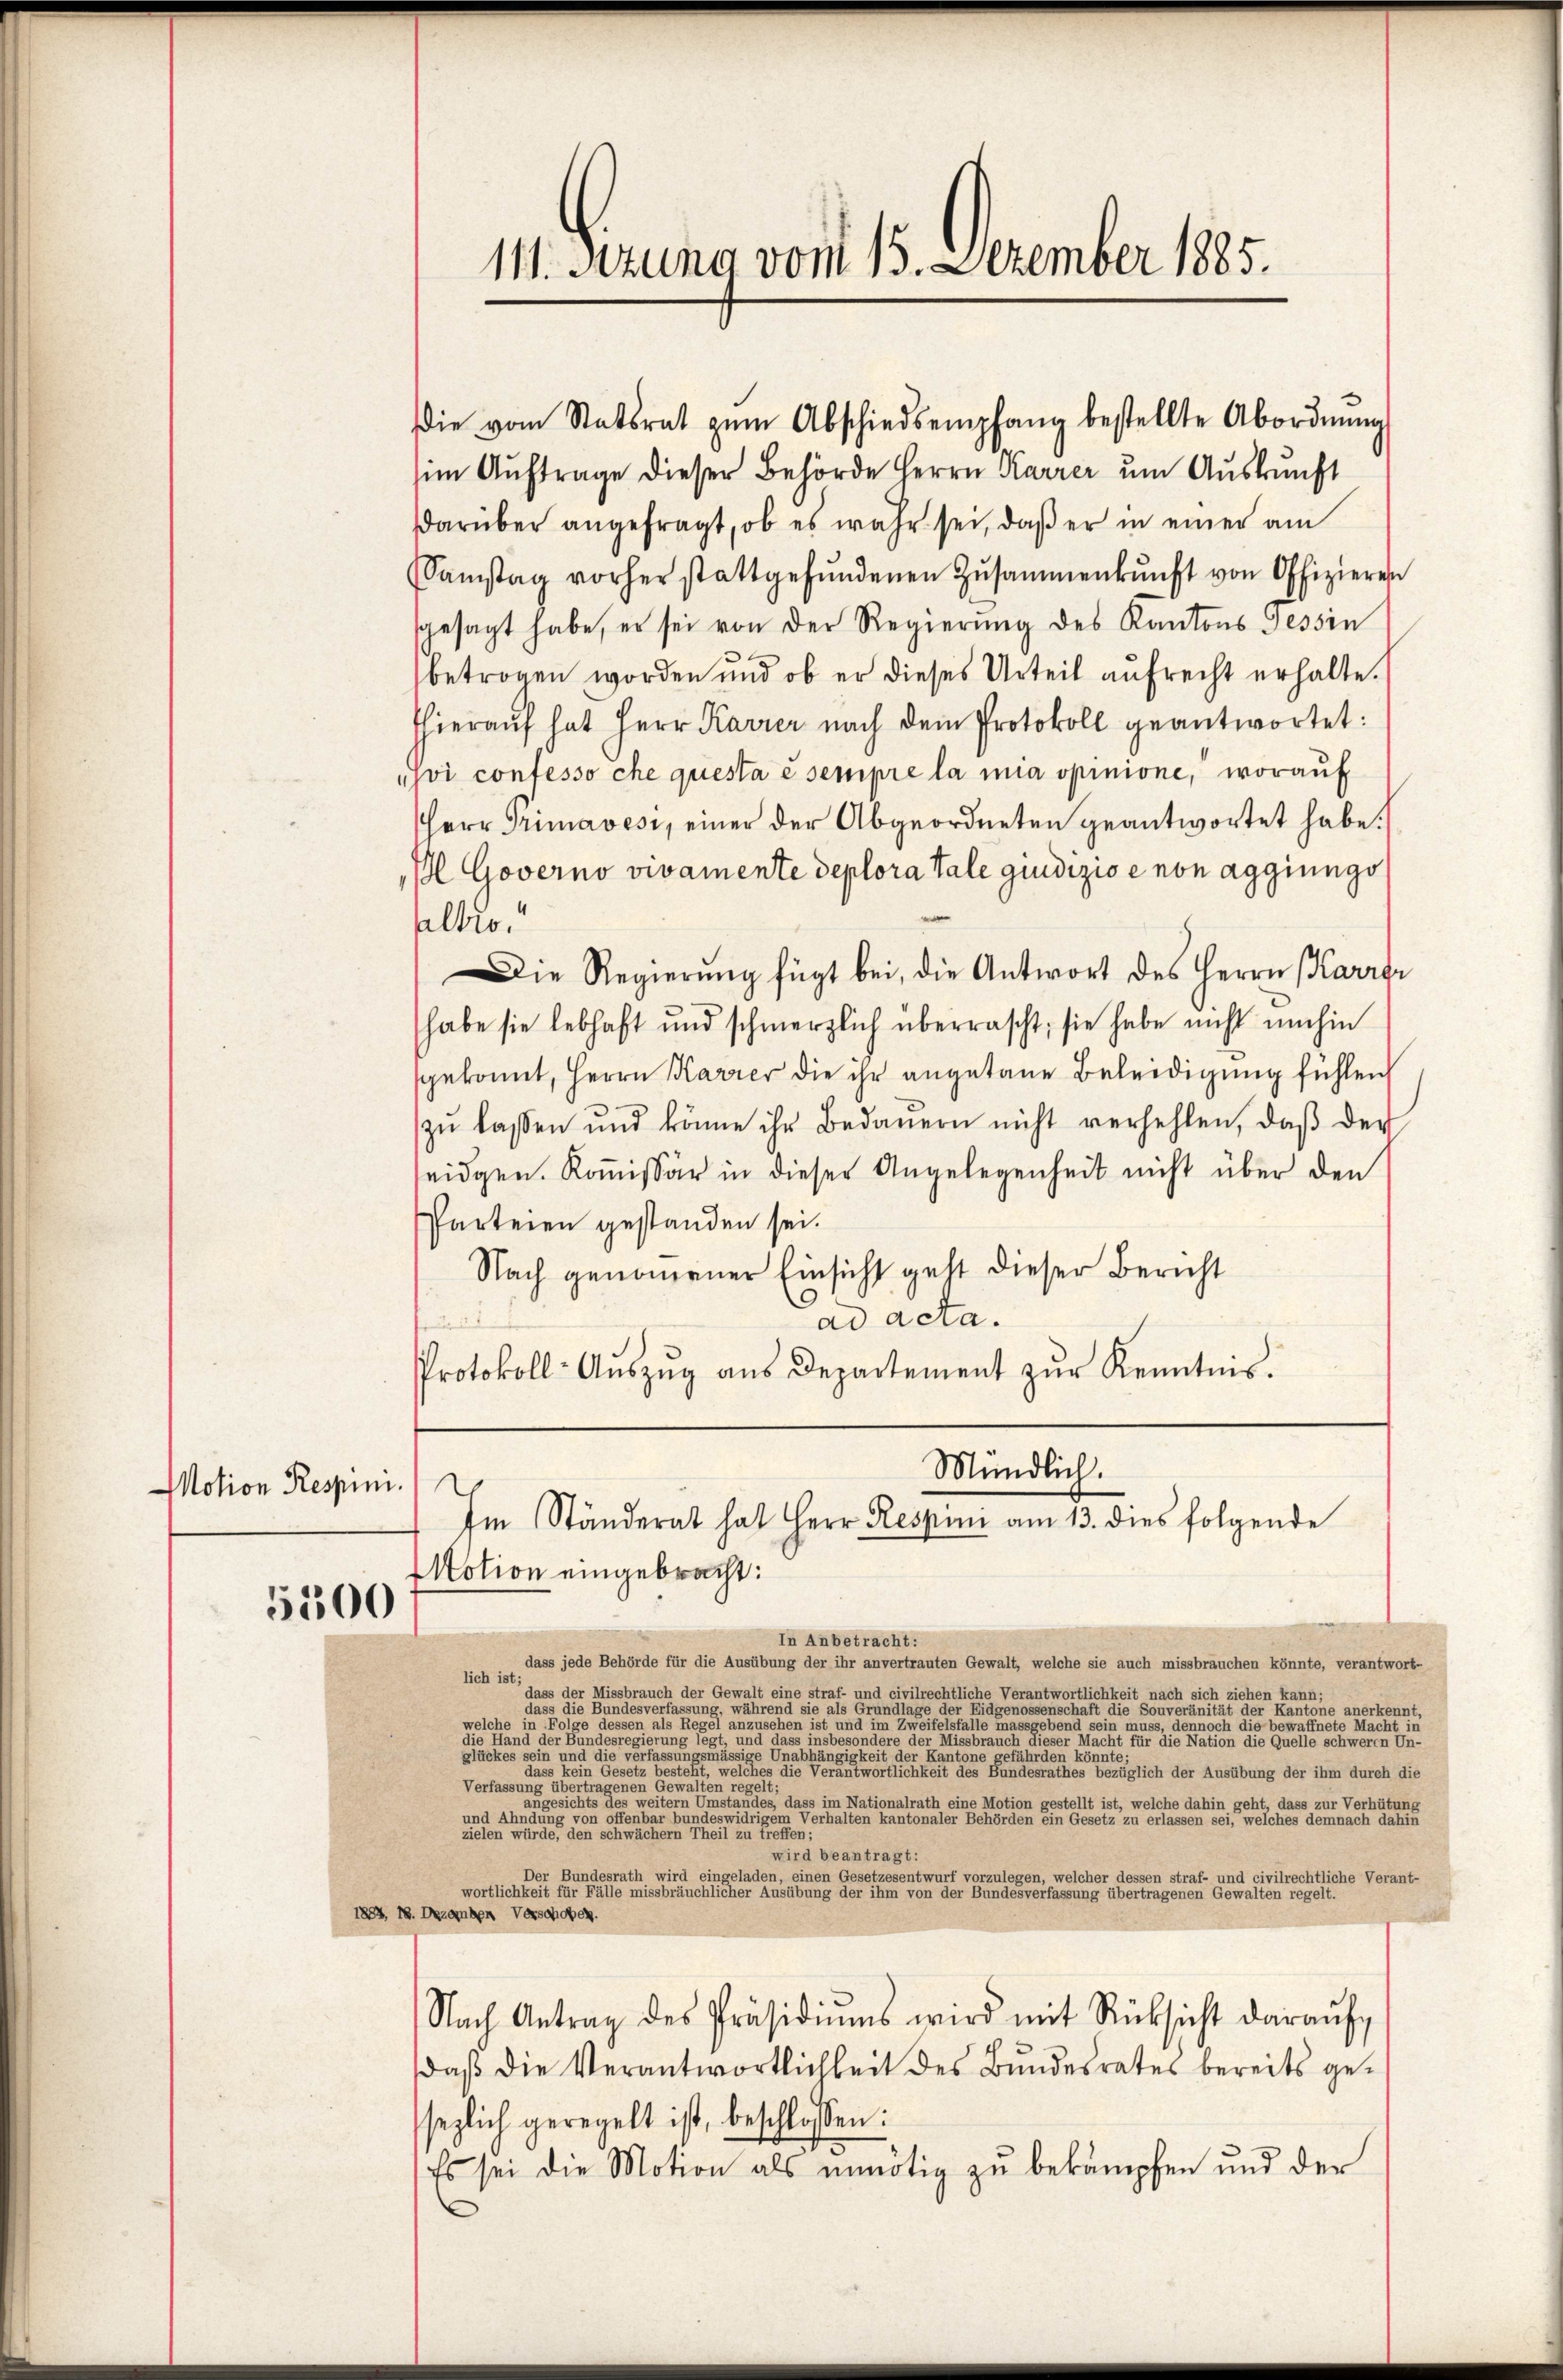
Motion Respini.

5500

im Auftrage dieser Behörde Herrn Karrer um Auskunft
darüber angefragt, ob es wahr sei, daβ er in einer am
Samstag vorher stattgefŭndenen Zusammenkunft von Offizieren
sgesagt habe, er sei von der Regierung des Kantons Tessin
betrogen worden und ob er dieses Urteil aufrecht erhalte.
hieraŭf hat Herr Karrer nach dem Protokoll geantwortet:
hoi confesso che questa è sempre la mia opinione, worauf
Herr Grimavesi, einer der Abgeordneten geantwortet habe.
Il Governo vivamente deplora tale giudizio e non aggiungs
altro.
Die Regierung fügt bei, die Antwort des Herrn Karrer
habe sie lebhaft und schmerzlich überrascht; sie habe nicht umhin
gekannt, Herrn Karrer die ihr angetane Beleidigung fühlen
zŭ lassen und könne ihr Bedauern nicht verhehlen, daβ der
seidgen. Koṁissär in dieser Angelegenheit nicht über den
Parteien gestanden sei.
Nach genommener Einsicht geht dieser Bericht
ad acta.
Protokoll-Aŭszŭg aŭs Departement zŭr Kenntnis.
Mündlich.
Im Ständerat hat Herr Responi am 13. dies folgende
Motion eingebracht:
In Anbetracht:
dass jede Behörde für die Ausübung der ihr anvertrauten Gewalt, welche sie auch missbrauchen könnte, verantwort-
lich ist;
dass der Missbrauch der Gewalt eine straf- und civilrechtliche Verantwortlichkeit nach sich ziehen kann;
lass die Bundesverfassung, während sie als Grundlage der Eidgenossenschaft die Souveränität der Kantone anerkent
welche in Folge dessen als Regel anzusehen ist und eine einen die bewaffnete Macht in
ie Hand der Begegnete er eine einer eine er seine eine gegen eine eine eine einer eine eine einer einer einer eine einen die Grello schweren belches sein und die Verfassung desige Unabhängig
                                                                                       bezüglich der Ausübung der ihm durch die
Verfassungen eine er er angenen Gewalten diese
augesichts des weitern Umstandes, dass im Nationalrath eine Motion gestellt ist, welche dahin geht, dass zur Verhütun
und Ahndung von offenbar bundeswidrigem Verhalten Kantonaler Behörden ein Gesetz zu erlassen sei, welches demnach dahe
zielen würde, den schwächern Theil zu treffen;
wird beantragt:
Der Bundesrath wird eingeladen, einen Gesetzesentwurf vorzulegen, welcher dessen straf- und civilrechtliche Verant-
wortlichkeit für Fälle missbräuchlicher Ausübung der ihm von der Bundesverfassung übertragenen Gewalten regelt.
1883, 18. Dezanken Verschoben.
Nach Antrag des Präsidiŭms wird mit Rücksicht daraŭf
daß die Verantwortlichkeit des Bundesrates bereits gesezlich geregelt ist, beschlossen:
Es sei die Motion als unnötig zu bekämpfen und der

11. Derung vom 15. Dezember 1885.

die vom Statsrat zŭm Abschiedsempfang bestellte Abordnŭng